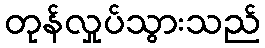
တုန်လှုပ်သွားသည်